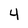
Character: 4